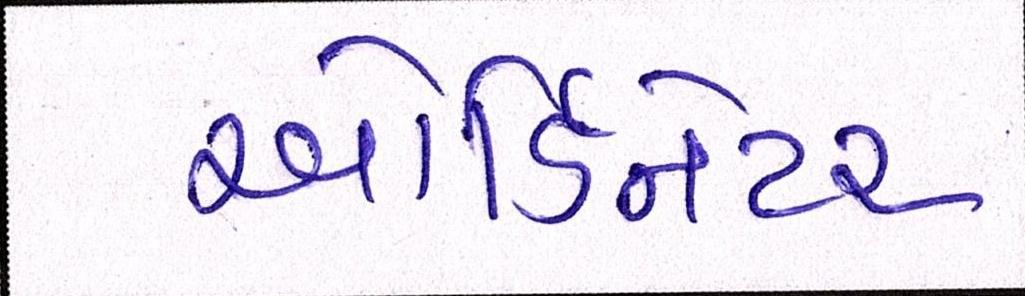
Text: ઓર્ડિનેટર